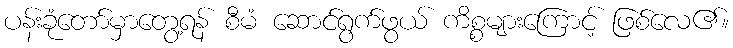
ပန်းခုံတော်မှာတွေ့ရန် စီမံ ဆောင်ရွက်ဖွယ် ကိစ္စများကြောင့် ဖြစ်လေ၏။